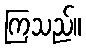
ကြသည်။